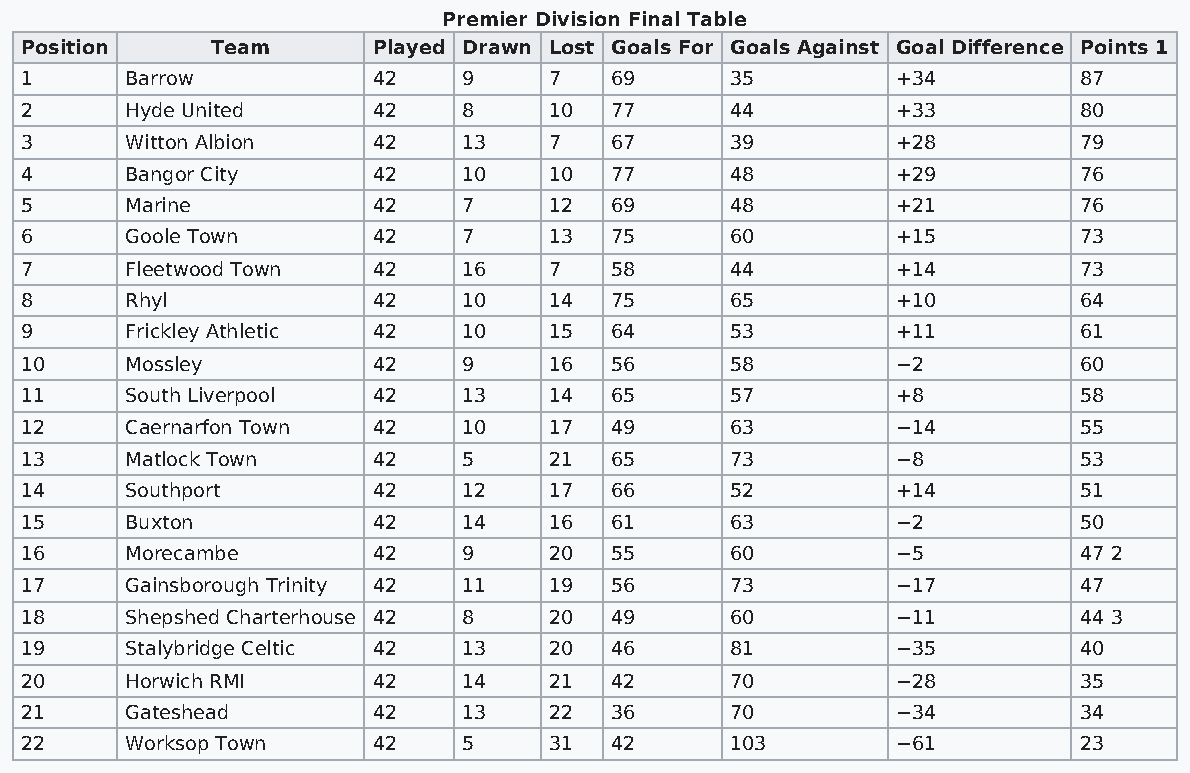
Premier Division Final Table
 Position     Team       Played Drawn Lost Goals For Goals Against Goal Difference Points 1
 1      Barrow           42    9    7   69      35         +34         87
 2      Hyde United      42    8    10  77      44         +33         80
 3      Witton Albion    42    13   7   67      39         +28         79
 4      Bangor City      42    10   10  77      48         +29         76
 5      Marine           42    7    12  69      48         +21         76
 6      Goole Town       42    7    13  75      60         +15         73
 7      Fleetwood Town   42    16   7   58      44         +14         73
 8      Rhyl             42    10   14  75      65         +10         64
 9      Frickley Athletic 42   10   15  64      53         +11         61
 10     Mossley          42    9    16  56      58         −2          60
 11     South Liverpool  42    13   14  65      57         +8          58
 12     Caernarfon Town  42    10   17  49      63         −14         55
 13     Matlock Town     42    5    21  65      73         −8          53
 14     Southport        42    12   17  66      52         +14         51
 15     Buxton           42    14   16  61      63         −2          50
 16     Morecambe        42    9    20  55      60         −5          47 2
 17     Gainsborough Trinity 42 11  19  56      73         −17         47
 18     Shepshed Charterhouse 42 8  20  49      60         −11         44 3
 19     Stalybridge Celtic 42  13   20  46      81         −35         40
 20     Horwich RMI      42    14   21  42      70         −28         35
 21     Gateshead        42    13   22  36      70         −34         34
 22     Worksop Town     42    5    31  42      103        −61         23